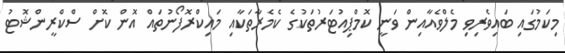
މިކަމުގައި ބައިވެރިވި މެލްވެއާއިން ވަނީ ކޮމްޕިއުޓަރުތަކުގެ ކެމެރާތަކާއި މައިކްރޮފޯނުތައް އޮން ކޮށް ސްކްރީންޝޮޓު